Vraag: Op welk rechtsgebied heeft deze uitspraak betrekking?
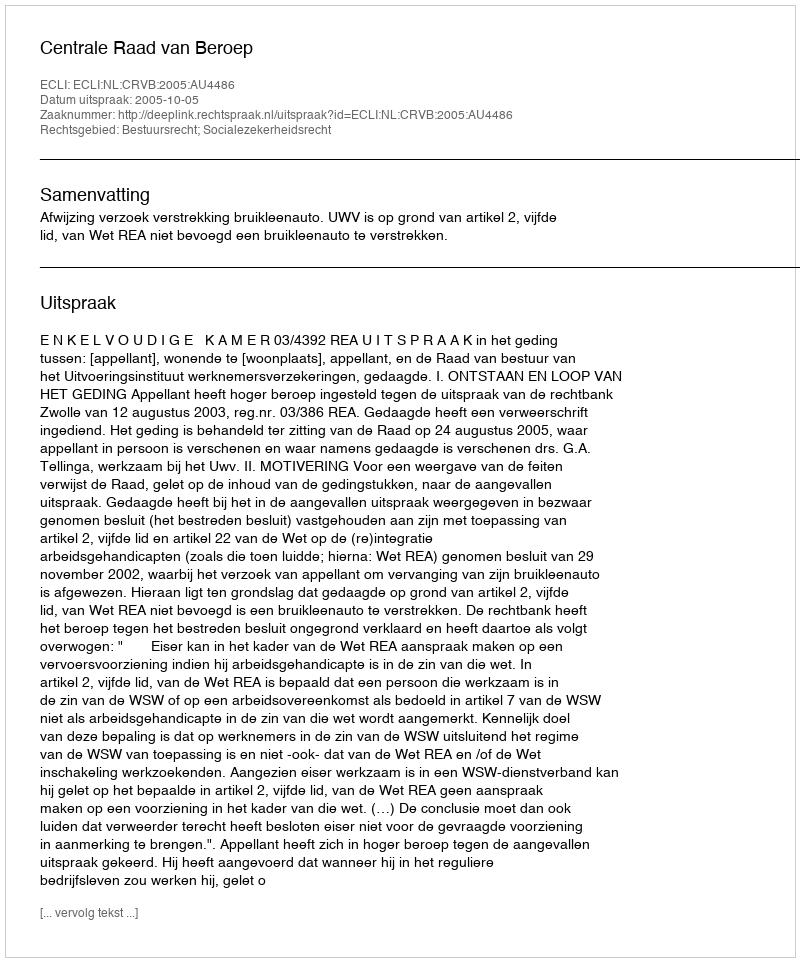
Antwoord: Bestuursrecht; Socialezekerheidsrecht